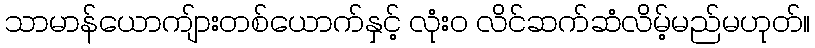
သာမာန်ယောကျ်ားတစ်ယောက်နှင့် လုံး၀ လိင်ဆက်ဆံလိမ့်မည်မဟုတ်။